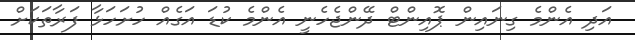
އަދި އެންމެ ގިނައިން ޕޮއިންޓް ދޭންޖެހެނީ އެންމެ ކުޑަ އަގެއް ހުށަހަޅާ ފަރާތަކަށް